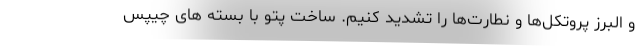
و البرز پروتکل‌ها و نطارت‌ها را تشدید کنیم. ساخت پتو با بسته های چیپس